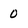
Character: 0